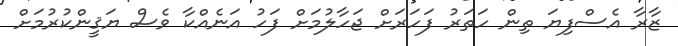
ޒާރާ އެސްފިޔަ ތިން ހަތަރު ފަހަރަށް ޖަހާލުމަށް ފަހު އަނެއްކާ ވެސް ޔަޤީންކުރުމަށް